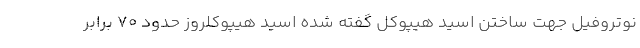
نوتروفیل جهت ساختن اسید هیپوکل گفته شده اسید هیپوکلروز حدود 70 برابر